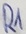
Text: R1